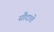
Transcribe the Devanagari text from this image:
सौदाचे